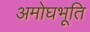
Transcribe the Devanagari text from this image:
अमोघभूति